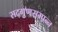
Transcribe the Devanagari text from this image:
सद्गुणसम्पन्न